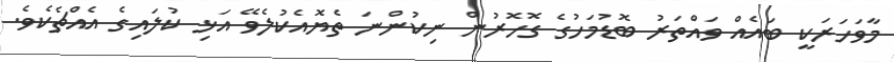
މާވަހަރަކީ ބައެއް ވައްތަރު ބޮޑުމަހުގެ ގޮހޮރުން ނިކުންނަ ތެޔޮއެކުލެވޭ އަޅި ކުލައިގެ އެއްޗެކެވެ.